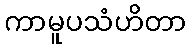
ကာမူပသံဟိတာ